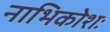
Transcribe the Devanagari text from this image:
नाभिकोशः